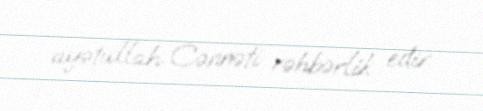
ayətullah Cənnəti rəhbərlik edir.